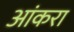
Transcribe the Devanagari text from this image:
आंकरा